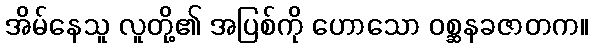
အိမ်နေသူ လူတို့၏ အပြစ်ကို ဟောသော ဝစ္ဆနခဇာတက။